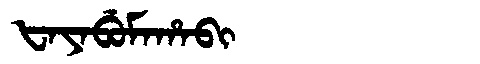
Manchu: ᡶᠠᠶᠠᠪᡠᠮᠠᡥᠠᠪᡳ
Romanization: FAYABUMAHABI